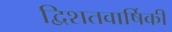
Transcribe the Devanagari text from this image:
द्विशतवार्षिकी